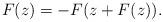
LaTeX: \begin{align*}F(z) = - F(z + F(z)).\end{align*}